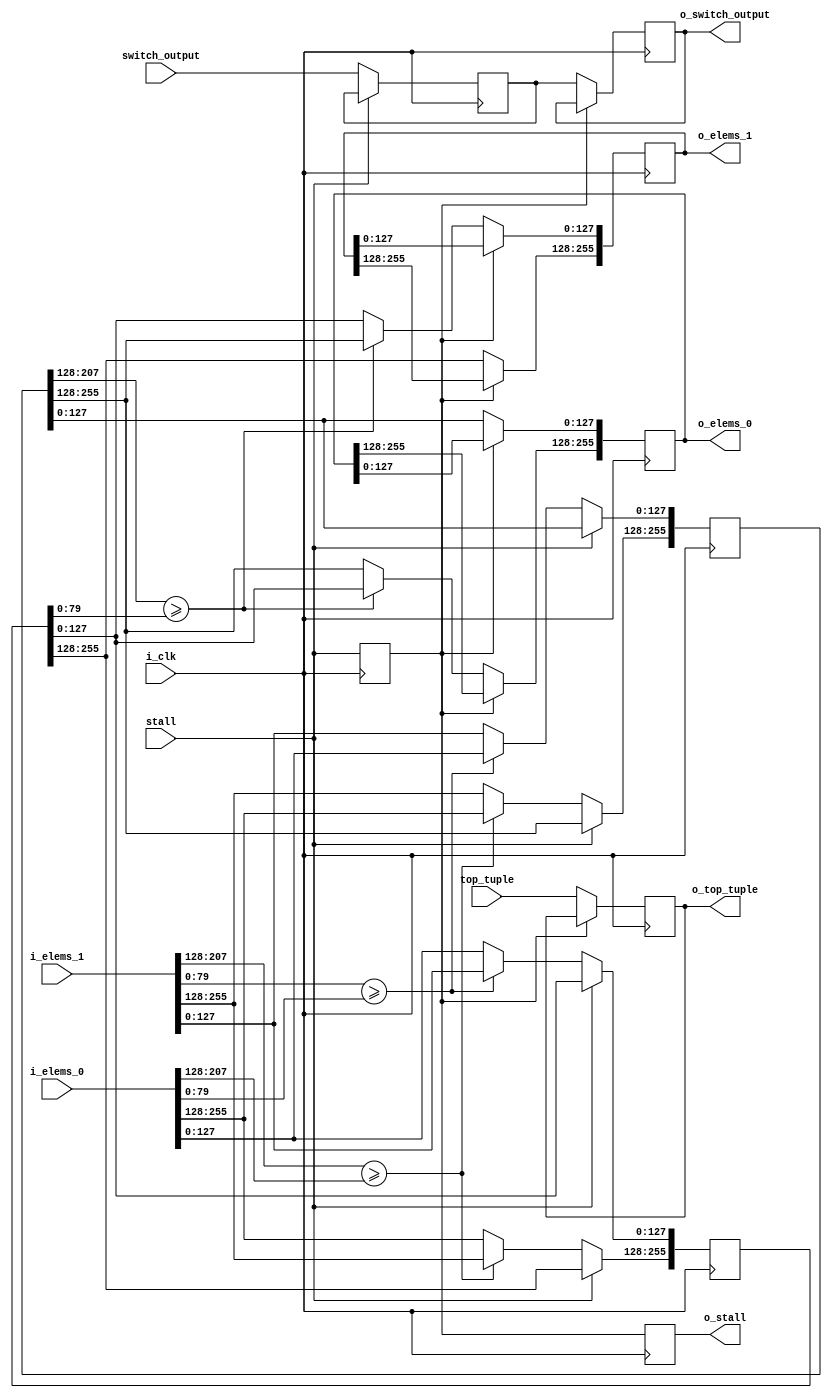
/* For 2-merger */
module BITONIC_NETWORK_4 #(parameter DATA_WIDTH = 128,
			   parameter KEY_WIDTH = 80) (input i_clk,
			  input 		switch_output,
			  input 		stall,
			  input [2*DATA_WIDTH-1:0] 	top_tuple,
			  input [2*DATA_WIDTH-1:0] 	i_elems_0,
			  input [2*DATA_WIDTH-1:0] 	i_elems_1, 
			  output reg [2*DATA_WIDTH-1:0] o_elems_0,
			  output reg [2*DATA_WIDTH-1:0] o_elems_1,
			  output reg 		o_switch_output,
			  output reg 		o_stall,
			  output reg [2*DATA_WIDTH-1:0] o_top_tuple);

   reg 					stall_1;
   reg 					switch_output_1;
   reg [2*DATA_WIDTH-1:0] 			elems_1_0;
   reg [2*DATA_WIDTH-1:0] 			elems_1_1;   
   wire [2*DATA_WIDTH-1:0] 			top_tuple_1;

   assign top_tuple_1 = top_tuple;
   
   initial begin
      stall_1 <= 0;
      switch_output_1 <= 0;
      o_stall <= 0;
      elems_1_0 <= 0;
      elems_1_1 <= 0;
      o_elems_0 <= 0;
      o_elems_1 <= 0;
      o_switch_output <= 0;
      o_top_tuple <= 0;

      o_stall <= 0;      
   end

   /* step 1 */
   always @(posedge i_clk) begin
      stall_1 <= stall;
      if (~stall) begin
	 switch_output_1 <= switch_output;	 
	 if (i_elems_1[DATA_WIDTH+KEY_WIDTH-1 : DATA_WIDTH] >= i_elems_0[DATA_WIDTH+KEY_WIDTH-1 : DATA_WIDTH]) begin
	    elems_1_1[2*DATA_WIDTH-1 : DATA_WIDTH] <= i_elems_1[2*DATA_WIDTH-1 : DATA_WIDTH];
	    elems_1_0[2*DATA_WIDTH-1 : DATA_WIDTH] <= i_elems_0[2*DATA_WIDTH-1 : DATA_WIDTH];	 
	 end
	 else begin
	    elems_1_1[2*DATA_WIDTH-1 : DATA_WIDTH] <= i_elems_0[2*DATA_WIDTH-1 : DATA_WIDTH];
	    elems_1_0[2*DATA_WIDTH-1 : DATA_WIDTH] <= i_elems_1[2*DATA_WIDTH-1 : DATA_WIDTH];	 
	 end

	 if (i_elems_1[KEY_WIDTH-1:0] >= i_elems_0[KEY_WIDTH-1:0]) begin
	    elems_1_1[DATA_WIDTH-1:0] <= i_elems_1[DATA_WIDTH-1:0];
	    elems_1_0[DATA_WIDTH-1:0] <= i_elems_0[DATA_WIDTH-1:0];	 
	 end
	 else begin
	    elems_1_1[DATA_WIDTH-1:0] <= i_elems_0[DATA_WIDTH-1:0];
	    elems_1_0[DATA_WIDTH-1:0] <= i_elems_1[DATA_WIDTH-1:0];	 
	 end
      end // if (~stall)      
   end

   /* step 2 */
   always @(posedge i_clk) begin
      o_stall <= stall_1;
      if (~stall_1) begin
	 o_switch_output <= switch_output_1;
	 o_top_tuple <= top_tuple_1;
	 o_elems_1[2*DATA_WIDTH-1 : DATA_WIDTH] <= elems_1_1[2*DATA_WIDTH-1 : DATA_WIDTH];
	 o_elems_0[DATA_WIDTH-1:0] <= elems_1_0[DATA_WIDTH-1:0];
	 
	 if (elems_1_0[DATA_WIDTH+KEY_WIDTH-1 : DATA_WIDTH] >= elems_1_1[KEY_WIDTH-1:0]) begin
	    o_elems_1[DATA_WIDTH-1:0] <= elems_1_0[2*DATA_WIDTH-1 : DATA_WIDTH];
	    o_elems_0[2*DATA_WIDTH-1 : DATA_WIDTH] <= elems_1_1[DATA_WIDTH-1:0];	 
	 end
	 else begin
	    o_elems_1[DATA_WIDTH-1:0] <= elems_1_1[DATA_WIDTH-1:0];
	    o_elems_0[2*DATA_WIDTH-1 : DATA_WIDTH] <= elems_1_0[2*DATA_WIDTH-1 : DATA_WIDTH];	 
	 end
      end
   end
endmodule